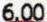
6.00